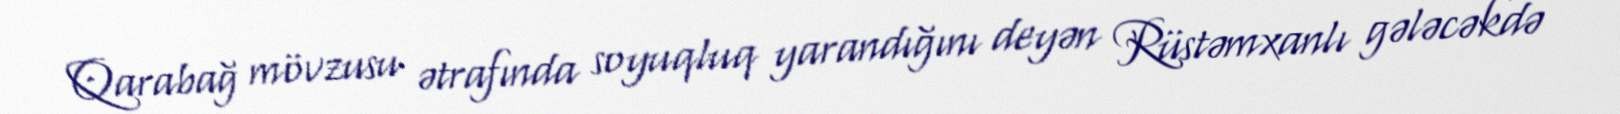
Qarabağ mövzusu ətrafında soyuqluq yarandığını deyən Rüstəmxanlı gələcəkdə